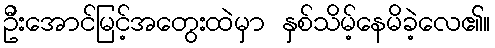
ဦးအောင်မြင့်အတွေးထဲမှာ နှစ်သိမ့်နေမိခဲ့လေ၏။